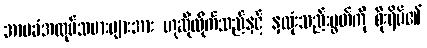
အာမခံအလုပ်သမားများအား ဟုဆိုလိုက်သည်နှင့် နှလုံးသည်းပွတ်ကို စိုးရိမ်၏